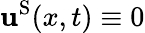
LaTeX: \mathbf{u}^{\mathrm{{S}}}(x,t)\equiv0